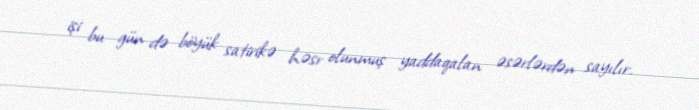
işi bu gün də böyük satirikə həsr olunmuş yaddaqalan əsərlərdən sayılır.